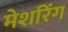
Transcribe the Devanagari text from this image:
मेशरिंग